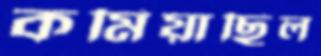
কমিয়াছিল